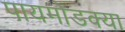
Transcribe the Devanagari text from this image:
पायमोडक्या